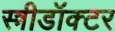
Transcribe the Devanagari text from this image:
स्त्रीडॉक्टर